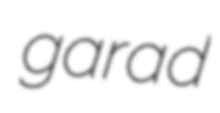
garad